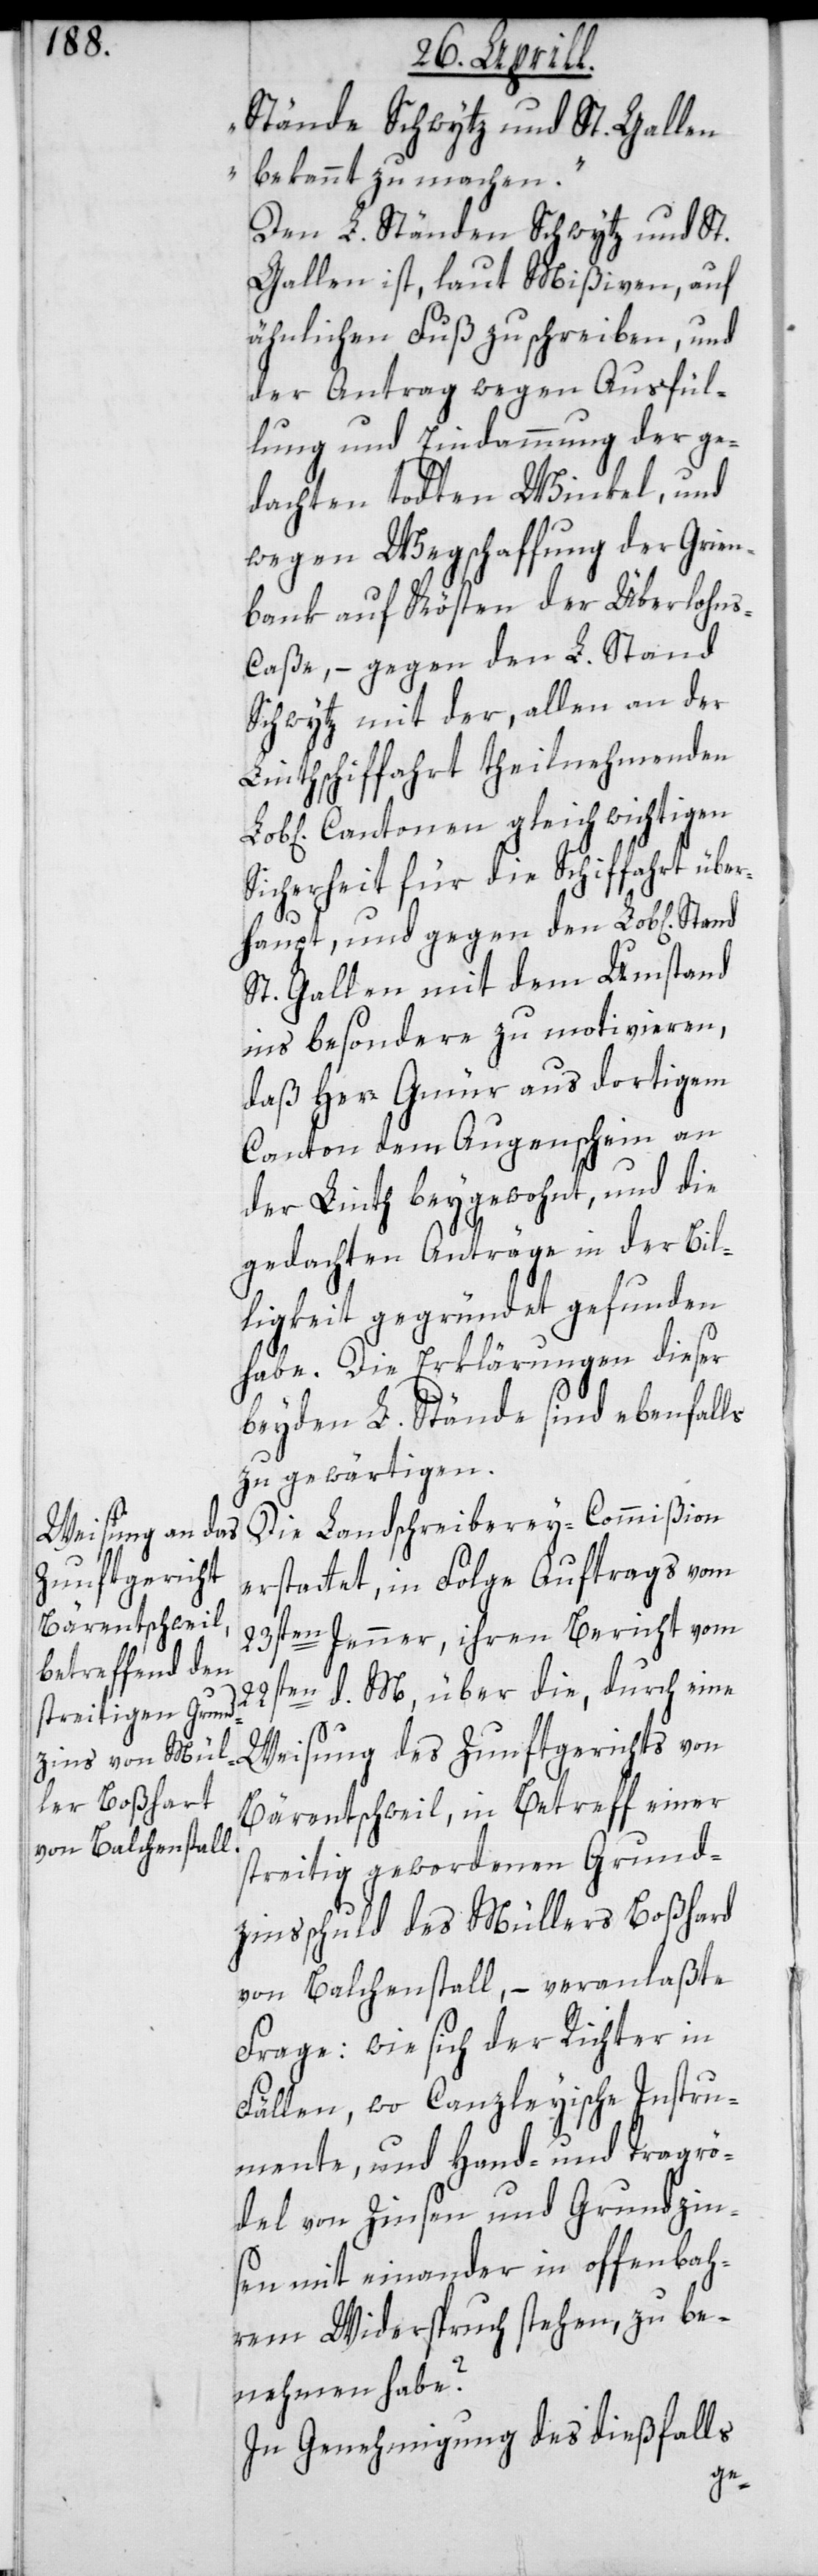
Stände Schwytz und St. Gallen
bekannt zu machen.“
Den L. Ständen Schwytz und St.
Gallen ist, laut Mißiven, auf
ähnlichen Fuß zu schreiben, und
der Antrag wegen Ausfül¬
lung und Eindammung der ge¬
dachten todten Winkel, und
wegen Wegschaffung der Grien¬
bank auf Kösten der Überlohn¬
s-Casse, – gegen den L. Stand
Schwytz mit der, allen an der
Linthschiffahrt theilnehmenden
Cantonen gleich wichtigen
Sicherheit für die Schiffahrt über¬
haupt, und gegen den Lob[lichen]
St. Gallen mit dem Umstand
ins besondere zu motivieren,
daß Herr Gmür aus dortigem
Canton dem Augenschein an
der Linth beygewohnt, und die
gedachten Anträge in der Bil¬
ligkeit gegründet gefunden
habe. Die Erklärungen dieser
beyden L. Stände sind ebenfalls
zu gewärtigen.
Die Landschreiberey-Commißion
erstattet, in Folge Auftrags vom
23sten Jenner, ihren Bericht vom
22sten d. M., über die durch eine
Weisung des Zunftgerichts von
Bärentschweil, in Betreff einer
streitig gewordenen Grund¬
zinsschuld des Müllers Boßhard
von Balchenstall, – veranlaßte
Frage: wie sich der Richter in
Fällen, wo Canzleyische Instru¬
mente und Hand- und Tragrö¬
del von Zinsen und Grundzin¬
sen miteinander in offenbah¬
rem Widerspruch stehen, zu be¬
nehmen habe?
In Genehmigung des dießfalls